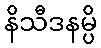
နိသီဒနမ္ပိ